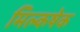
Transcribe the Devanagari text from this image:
मिल्कषेक